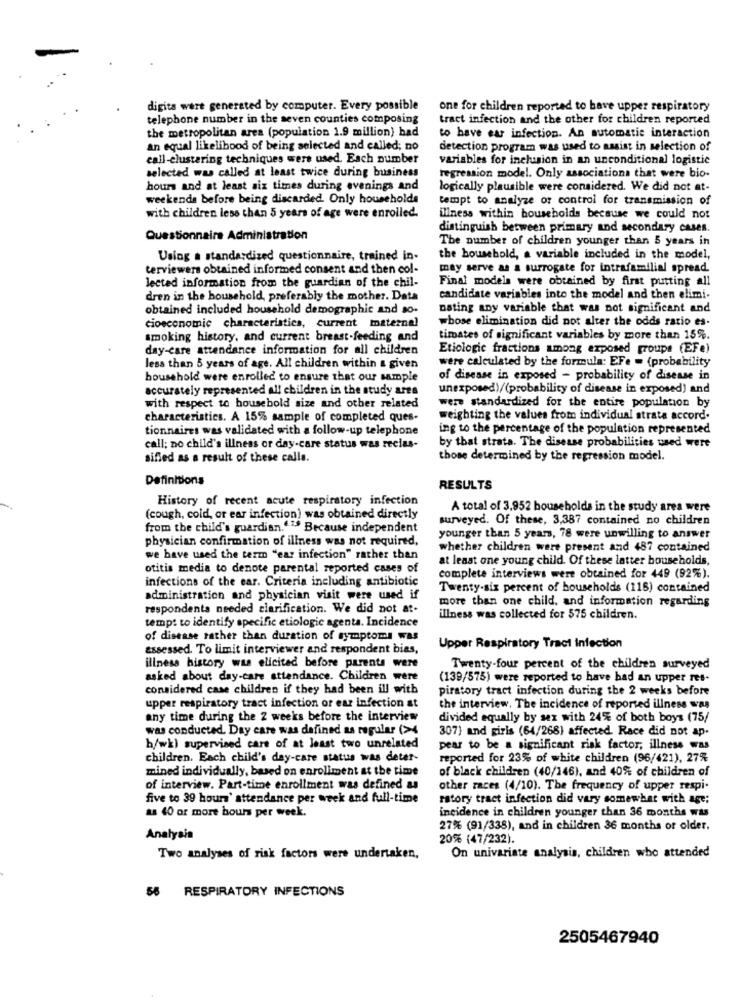
digits were generated by computer. Every possible
one for children reported to have upper respiratory
telephone number in the seven counties composing
tract infection and the other for children reported
the metropolitan area (population 1.9 million) had
to have ear infection. An automatic interaction
an equal likelihood of being selected and called; no
detection program was used to assist in selection of
call-clustering techniques were used. Each number
variables for inclusion in an unconditional logistic
selected was called at least twice during business
regression model. Only associations that were bio-
hours and at least six times during evenings and
logically plausible were considered. We did not at-
weekends before being discarded. Only households
tempt to analyze of control for transmission of
with children less than 5 years of age were enrolled.
illness within households because we could not
distinguish between primary and secondary cases.
Questionnaire Administration
The number of children younger than 5 years in
Using a standardized questionnaire, trained in-
the household, a variable included in the model,
terviewers obtained informed consent and then col-
may serve as a surrogate for intrafamilial spread.
Jected information from the guardian of the chil-
Final models were obtained by first putting all
dren in the household, preferably the mother. Data
candidate variables into the model and then elimi-
obtained included household demographic and so-
nating any variable that was not significant and
whose elimination did not alter the odds ratio es-
cioeconomic characteristics, current maternel
smoking history, and current breast-feeding and
timates of significant variables by more than 15%.
day-care attendance information for all children
Etiologie fractions among exposed groups (EFe)
were calculated by the formula: EFe = (probability
less than 5 years of age. All children within a given
household were enrolled to ensure that our sample
of disease in exposed - probability of disease in
accurately represented all children in the study ares
unexposed)/(probability of disease in exposed) and
with respect to household size and other related
were standardized for the entire population by
characteristics. A 15% sample of completed ques-
weighting the values from individual strata accord.
tionnaires was validated with a follow-up telephone
ing to the percentage of the population represented
call; no child's illness or day-care status was reclas.
by that strata. The disease probabilities used were
sified as a result of these calle.
those determined by the regression model.
Definitions
RESULTS
History of recent acute respiratory infection
A total of 3,952 households in the study area were
(cough, cold, or ear infection) was obtained directly
surveyed. Of these, 3,387 contained no children
from the child's guardian."1. Because independent
physician confirmation of illness was not required,
younger than 5 years, 78 were unwilling to answer
whether children were present and 487 contained
we have used the term "ear infection" rather than
at least one young child. Of these latter households,
otitis media to denote parental reported cases of
infections of the ear. Criteria including antibiotic
complete interviews were obtained for 449 (92%).
Twenty-six percent of households (116) contained
administration and physician visit were used if
more than one child, and information regarding
respondenta needed clarification. We did not at-
illness was collected for 575 children.
temps to identify specific etiologic agenta. Incidence
of disease rather than duration of symptoms was
assessed. To limit interviewer and respondent bias,
Upper Respiratory Tract infection
illness history was elicitad before parents were
Twenty-four percent of the children surveyed
asked about day-care attendance. Children were
(139/575) were reported to have had an upper res-
considered case children if they had been ill with
piratory tract infection during the 2 weeks before
upper respiratory tract infection or ear infection st
the interview, The incidence of reported illness was
any time during the 2 weeks before the interview
divided equally by sex with 24% of both boys (75/
was conducted. Day care was defined as regular (>4
307) and girls (64/268) affected. Race did not ap.
h/wh) supervised care of at least two unrelated
pear to be a significant risk factor, illness was
children. Each child's day-care status was deter-
reported for 23% of white children (96/421), 27%
mined individually, based on enrollment at the time
of black children (40/146), and 40% of children of
of interview. Part-time enrollment was defined as
other races (4/10). The frequency of upper respi.
five to 39 hours' attendance per week and full-time
ratory tract infection did vary somewhat with age;
as 40 or more hours per week.
incidence in children younger than 36 months was
27% (91/338), and in children 36 months or older,
Analysis
20% (47/232).
On univariate analysis, children who attended
Two analyses of risk factors were undertaken,
56 RESPIRATORY INFECTIONS
2505467940